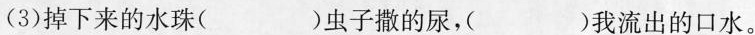
(3)掉下来的水珠()虫子撒的尿，()我流出的口水。